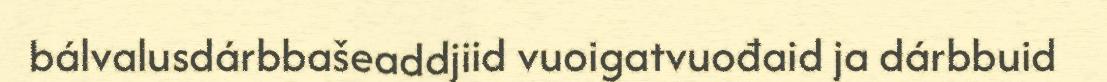
bálvalusdárbbašeaddjiid vuoigatvuođaid ja dárbbuid